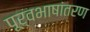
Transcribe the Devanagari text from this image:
पूर्वभाषांतरण